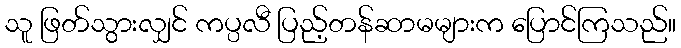
သူ ဖြတ်သွားလျှင် ကပ္ပလီ ပြည့်တန်ဆာမများက ပြောင်ကြသည်။